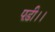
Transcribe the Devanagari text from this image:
पड़ी।।